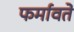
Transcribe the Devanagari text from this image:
फर्मावते